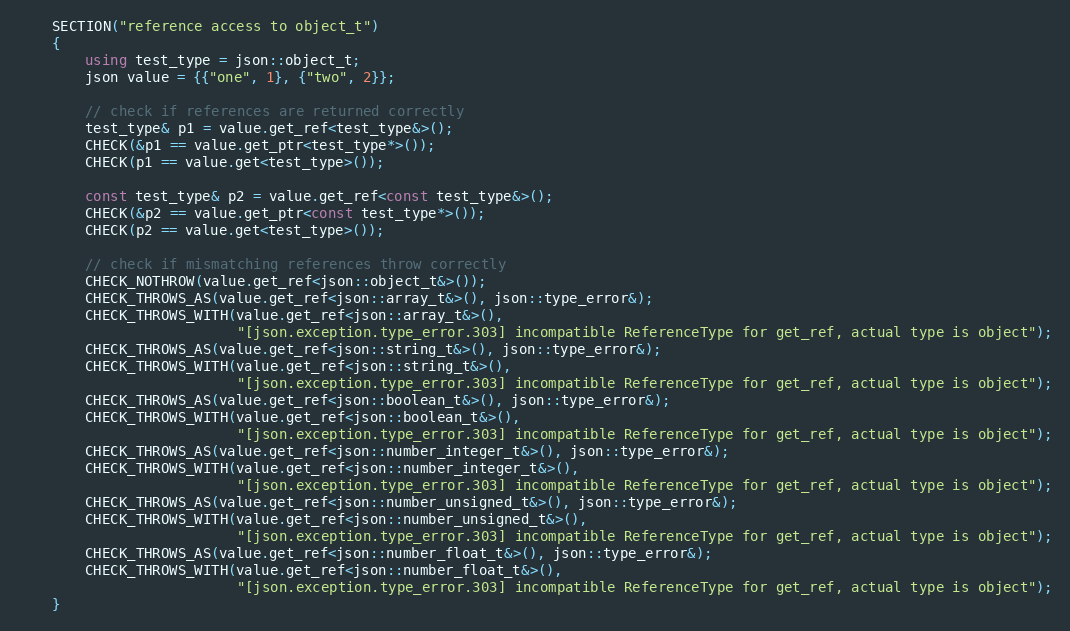
Language: C++
    SECTION("reference access to object_t")
    {
        using test_type = json::object_t;
        json value = {{"one", 1}, {"two", 2}};

        // check if references are returned correctly
        test_type& p1 = value.get_ref<test_type&>();
        CHECK(&p1 == value.get_ptr<test_type*>());
        CHECK(p1 == value.get<test_type>());

        const test_type& p2 = value.get_ref<const test_type&>();
        CHECK(&p2 == value.get_ptr<const test_type*>());
        CHECK(p2 == value.get<test_type>());

        // check if mismatching references throw correctly
        CHECK_NOTHROW(value.get_ref<json::object_t&>());
        CHECK_THROWS_AS(value.get_ref<json::array_t&>(), json::type_error&);
        CHECK_THROWS_WITH(value.get_ref<json::array_t&>(),
                          "[json.exception.type_error.303] incompatible ReferenceType for get_ref, actual type is object");
        CHECK_THROWS_AS(value.get_ref<json::string_t&>(), json::type_error&);
        CHECK_THROWS_WITH(value.get_ref<json::string_t&>(),
                          "[json.exception.type_error.303] incompatible ReferenceType for get_ref, actual type is object");
        CHECK_THROWS_AS(value.get_ref<json::boolean_t&>(), json::type_error&);
        CHECK_THROWS_WITH(value.get_ref<json::boolean_t&>(),
                          "[json.exception.type_error.303] incompatible ReferenceType for get_ref, actual type is object");
        CHECK_THROWS_AS(value.get_ref<json::number_integer_t&>(), json::type_error&);
        CHECK_THROWS_WITH(value.get_ref<json::number_integer_t&>(),
                          "[json.exception.type_error.303] incompatible ReferenceType for get_ref, actual type is object");
        CHECK_THROWS_AS(value.get_ref<json::number_unsigned_t&>(), json::type_error&);
        CHECK_THROWS_WITH(value.get_ref<json::number_unsigned_t&>(),
                          "[json.exception.type_error.303] incompatible ReferenceType for get_ref, actual type is object");
        CHECK_THROWS_AS(value.get_ref<json::number_float_t&>(), json::type_error&);
        CHECK_THROWS_WITH(value.get_ref<json::number_float_t&>(),
                          "[json.exception.type_error.303] incompatible ReferenceType for get_ref, actual type is object");
    }